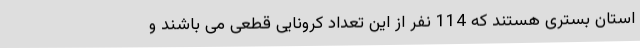
استان بستری هستند که 114 نفر از این تعداد کرونایی قطعی می باشند و